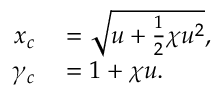
\begin{array} { r l } { x _ { c } } & { { } = \sqrt { u + \frac { 1 } { 2 } \chi u ^ { 2 } } , } \\ { \gamma _ { c } } & { { } = 1 + \chi u . } \end{array}